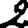
Digit: 2